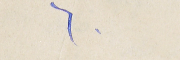
٦٠